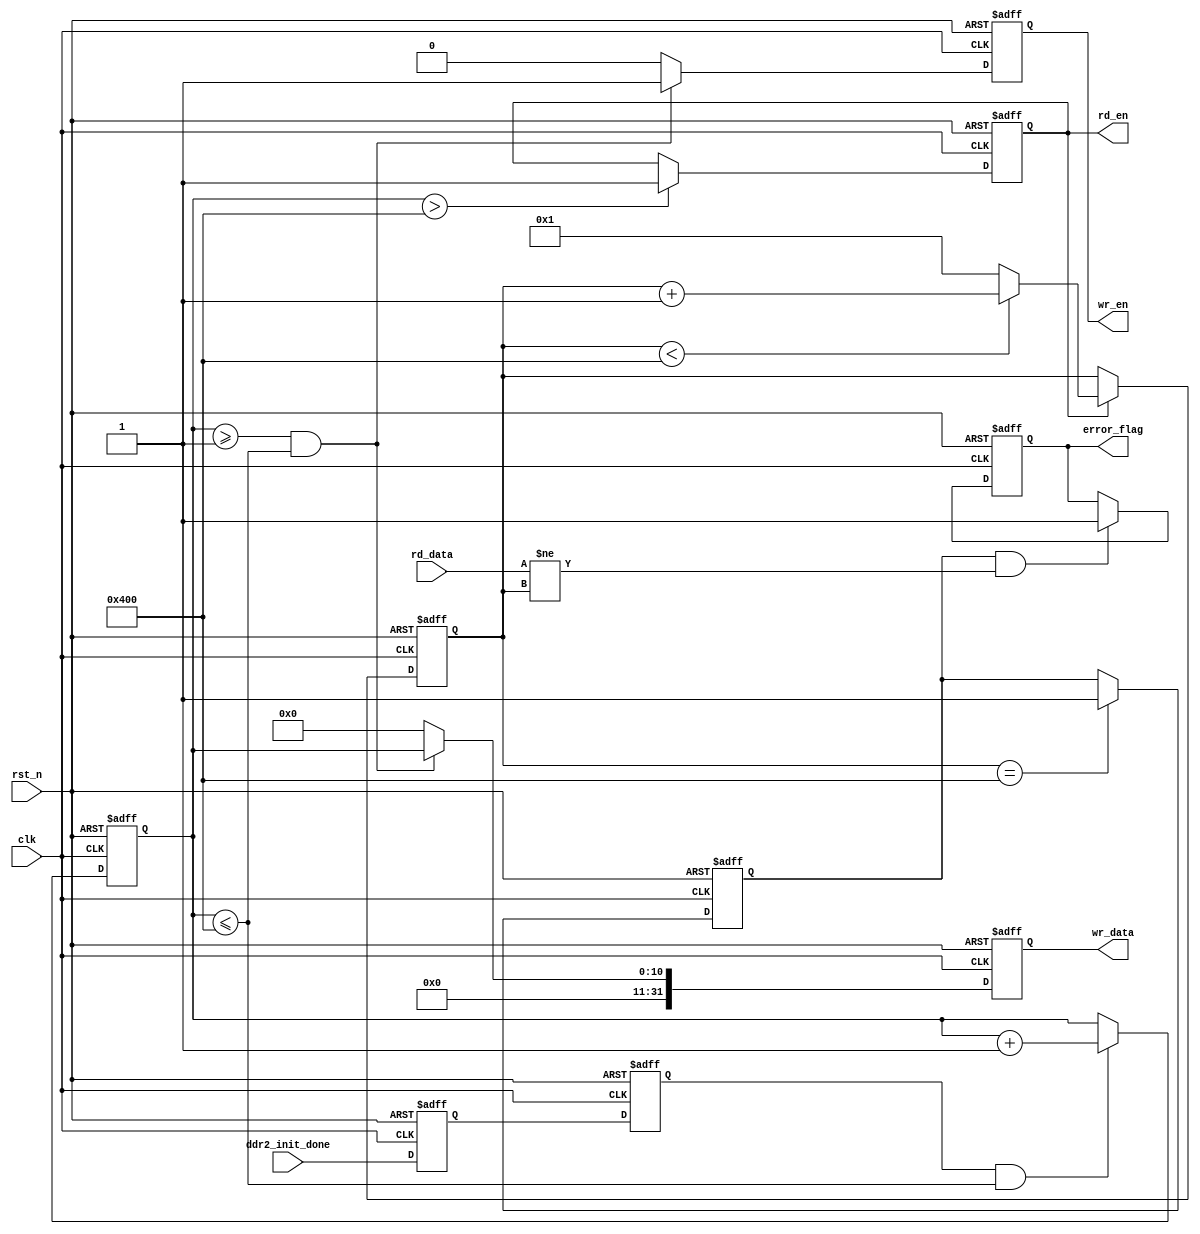

//****************************************************************
// -DDR2 test module 
//****************************************************************


module ddr2_test (
	input 				clk,
	input 				rst_n,
   
	output reg        wr_en,            //SDRAM 
	output reg [31:0] wr_data,          //SDRAM 
	output reg        rd_en,            //SDRAM 
	input      [31:0] rd_data,          //SDRAM 
 
	input             ddr2_init_done,  //SDRAM 
	output reg        error_flag        //SDRAM 

	);


reg        init_done_d0;                //SDRAM
reg        init_done_d1;                //SDRAM
reg [10:0] wr_cnt;                      //
reg [10:0] rd_cnt;                      //
reg        rd_valid;                    //

	
//*****************************************************
//**                    main code
//***************************************************** 

//ddr2
always @(posedge clk or negedge rst_n) begin
    if(!rst_n) begin
        init_done_d0 <= 1'b0;
        init_done_d1 <= 1'b0;
    end
    else begin
        init_done_d0 <= ddr2_init_done;
        init_done_d1 <= init_done_d0;
    end
end   	


//ddr2,
always @(posedge clk or negedge rst_n) begin
    if(!rst_n) 
        wr_cnt <= 11'd0;  
    else if(init_done_d1 && (wr_cnt <= 11'd1024))
        wr_cnt <= wr_cnt + 1'b1;
    else
        wr_cnt <= wr_cnt;
end    

//ddr2FIFO(1~1024)
always @(posedge clk or negedge rst_n) begin
    if(!rst_n) begin      
        wr_en   <= 1'b0;
        wr_data <= 32'd0;
    end
    else if(wr_cnt >= 11'd1 && (wr_cnt <= 11'd1024)) begin
            wr_en   <= 1'b1;            //
            wr_data <= wr_cnt;          //1~1024
        end    
    else begin
            wr_en   <= 1'b0;
            wr_data <= 32'd0;
        end                
end        

//,    
always @(posedge clk or negedge rst_n) begin
    if(!rst_n) 
        rd_en <= 1'b0;
    else if(wr_cnt > 11'd1024)          //
        rd_en <= 1'b1;                  //
end

//     
always @(posedge clk or negedge rst_n) begin
    if(!rst_n) 
        rd_cnt <= 11'd0;
    else if(rd_en) begin
        if(rd_cnt < 11'd1024)
            rd_cnt <= rd_cnt + 1'b1;
        else
            rd_cnt <= 11'd1;
    end
end

//,
always @(posedge clk or negedge rst_n) begin
    if(!rst_n) 
        rd_valid <= 1'b0;
    else if(rd_cnt == 11'd1024)         //
        rd_valid <= 1'b1;               //
    else
        rd_valid <= rd_valid;
end            

//,,
always @(posedge clk or negedge rst_n) begin
    if(!rst_n)
        error_flag <= 1'b0; 
    else if(rd_valid && (rd_data != rd_cnt))
        error_flag <= 1'b1;             //, 
    else
        error_flag <= error_flag;
end

	
	
endmodule